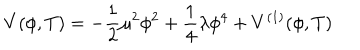
V ( \phi , T ) = - { \frac { 1 } { 2 } } \mu ^ { 2 } \phi ^ { 2 } + \frac { 1 } { 4 } \lambda \phi ^ { 4 } + V ^ { ( 1 ) } ( \phi , T )